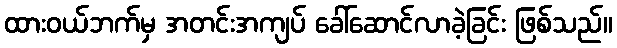
ထားဝယ်ဘက်မှ အတင်းအကျပ် ခေါ်ဆောင်လာခဲ့ခြင်း ဖြစ်သည်။